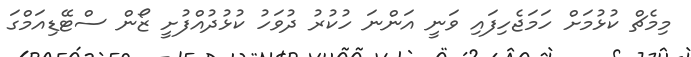
މިމެޗް ކުޅުމަށް ހަމަޖެހިފައި ވަނީ އަންނަ ހުކުރު ދުވަހު ކުޅުދުއްފުށީ ޒޯން ސްޓޭޑިއަމްގަ